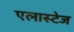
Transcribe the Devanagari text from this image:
एलास्टेज